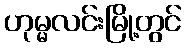
ဟုမ္မလင်းမြို့တွင်